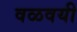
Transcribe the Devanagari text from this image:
वळवयी